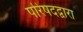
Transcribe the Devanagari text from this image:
परिषदद्वारा